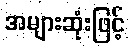
အများဆုံးဖြင့်